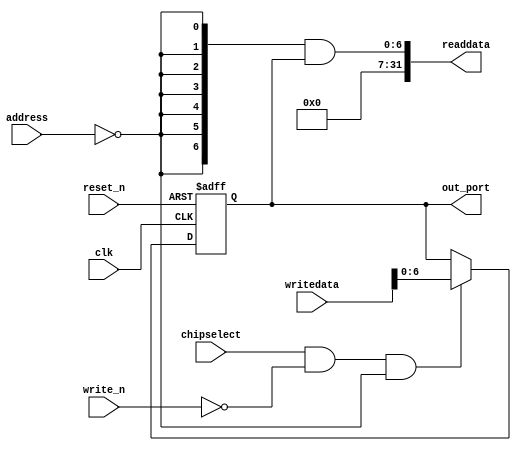
module nios_system_HEX0 (
                          // inputs:
                           address,
                           chipselect,
                           clk,
                           reset_n,
                           write_n,
                           writedata,

                          // outputs:
                           out_port,
                           readdata
                        )
;

  output  [  6: 0] out_port;
  output  [ 31: 0] readdata;
  input   [  1: 0] address;
  input            chipselect;
  input            clk;
  input            reset_n;
  input            write_n;
  input   [ 31: 0] writedata;

  wire             clk_en;
  reg     [  6: 0] data_out;
  wire    [  6: 0] out_port;
  wire    [  6: 0] read_mux_out;
  wire    [ 31: 0] readdata;
  assign clk_en = 1;
  //s1, which is an e_avalon_slave
  assign read_mux_out = {7 {(address == 0)}} & data_out;
  always @(posedge clk or negedge reset_n)
    begin
      if (reset_n == 0)
          data_out <= 127;
      else if (chipselect && ~write_n && (address == 0))
          data_out <= writedata[6 : 0];
    end


  assign readdata = {{{32- 7}{1'b0}},read_mux_out};
  assign out_port = data_out;

endmodule